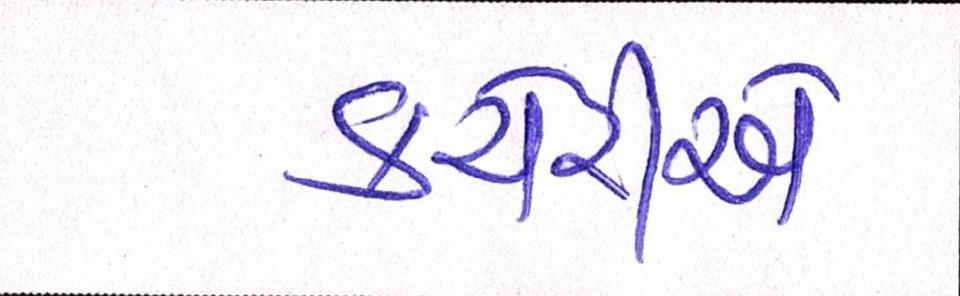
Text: કચેરીએ